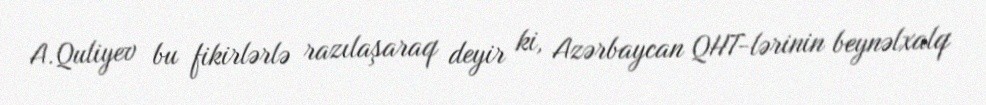
A.Quliyev bu fikirlərlə razılaşaraq deyir ki, Azərbaycan QHT-lərinin beynəlxalq